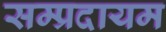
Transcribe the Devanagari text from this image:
सम्प्रदायम